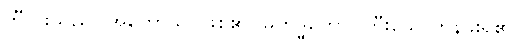
ဘီလူးသည်။ အဟောသိ၊ ဖြစ်၏။ မဟိဒ္ဓိကော၊ ကြီးသောတန်ခိုးရှိ၏။